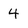
Character: 4